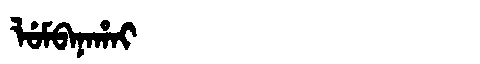
Manchu: ᠯᡠᠮᠪᠠᠨᠠᡥᠠᡳ
Romanization: LUMBANAHAI